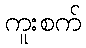
ကူးစက်